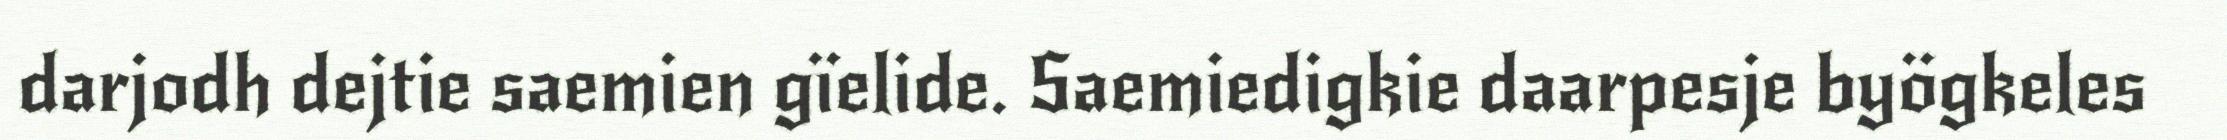
darjodh dejtie saemien gïelide. Saemiedigkie daarpesje byögkeles